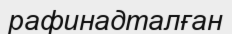
рафинадталған